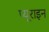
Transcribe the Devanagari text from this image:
प्यूराइन